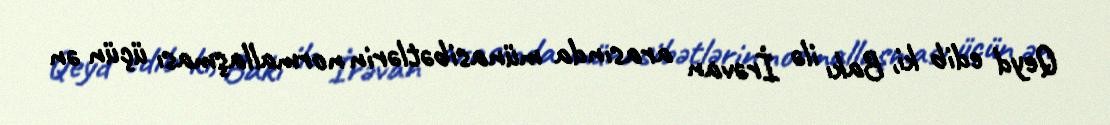
Qeyd edib ki, Bakı ilə İrəvan arasında münasibətlərin normallaşması üçün ən